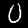
Digit: 0